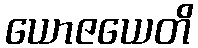
ယောဇယေတိ